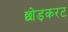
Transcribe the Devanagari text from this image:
छोड़करट